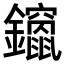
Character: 𮣨